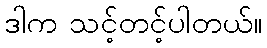
ဒါက သင့်တင့်ပါတယ်။